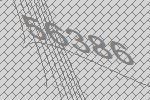
56386